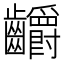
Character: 𪚅